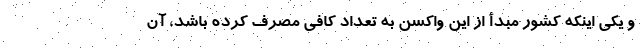
و یکی اینکه کشور مبدأ از این واکسن به تعداد کافی مصرف کرده باشد، آن